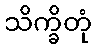
သိက္ခိတုံ